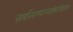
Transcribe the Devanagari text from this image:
सर्वसामान्यांबरोबरच